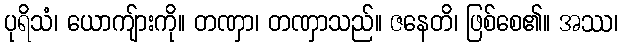
ပုရိသံ၊ ယောကျ်ားကို။ တဏှာ၊ တဏှာသည်။ ဇနေတိ၊ ဖြစ်စေ၏။ အဿ၊